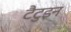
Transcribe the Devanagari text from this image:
टैटुइन